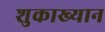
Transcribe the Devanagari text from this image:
शुकाख्यान